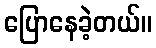
ပြောနေခဲ့တယ်။